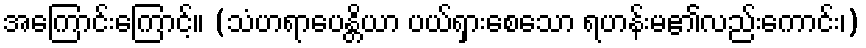
အကြောင်းကြောင့်။ (သံဟရာပေန္တိယာ ပယ်ရှားစေသော ရဟန်းမ၏လည်းကောင်း၊)